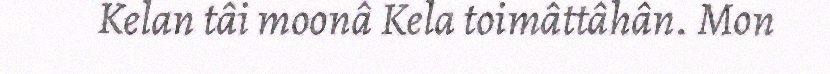
Kelan tâi moonâ Kela toimâttâhân. Mon